Document type: Testament
Year: 1362
Scribe: Berenguer Vergós
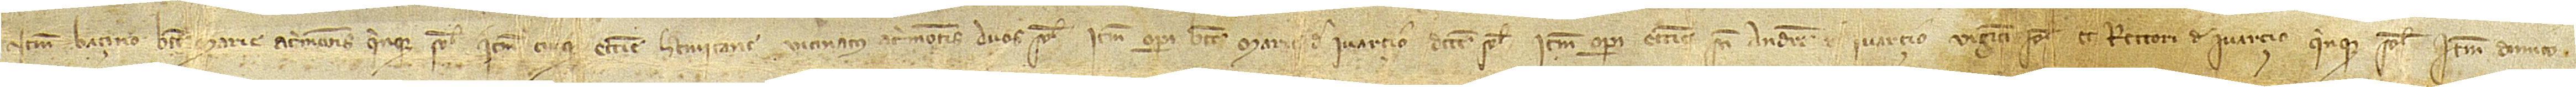
item, baçino Beate Marie Acrimontis quinque solidos; item, cuique ecclesie heremitane vicinatus Acrimontis duos solidos; item, operi Beate Marie de Ivarçio decem solidos; item, operi ecclesie Sancti Andree de Ivarçio viginti solidos; et rectori de Ivarçio quinque solidos. Item, dimito